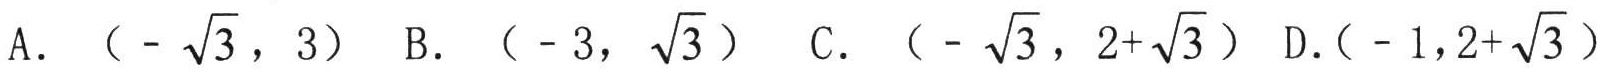
A. \((-\sqrt{3},3)\) B. \((-3,\sqrt{3})\) C. \((-\sqrt{3},2 + \sqrt{3})\) D. \((-1,2+\sqrt{3})\)